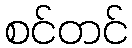
စင်တင်